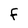
Character: F